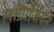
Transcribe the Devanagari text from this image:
लांग्राजियन